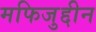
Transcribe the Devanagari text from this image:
मफिजुद्दीन